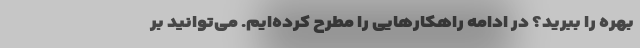
بهره را ببرید؟ در ادامه راهکارهایی را مطرح کرده‌ایم. می‌توانید بر